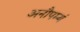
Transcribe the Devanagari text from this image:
अनौपम्यं